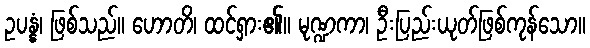
ဥပန္နံ၊ ဖြစ်သည်။ ဟောတိ၊ ထင်ရှား၏။ မုဏ္ဍကာ၊ ဦးပြည်းယုတ်ဖြစ်ကုန်သော။